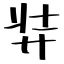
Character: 弉